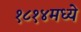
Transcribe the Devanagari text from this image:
१८१४मध्ये